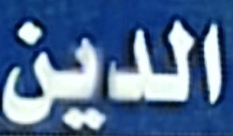
الدين